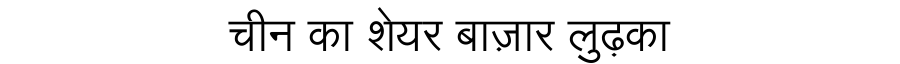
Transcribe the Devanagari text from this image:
चीन का शेयर बाज़ार लुढ़का